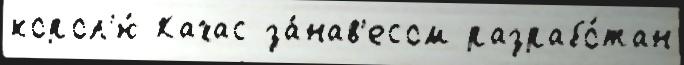
корол'ю́ Кахас за́нав'есом разрабо́тан